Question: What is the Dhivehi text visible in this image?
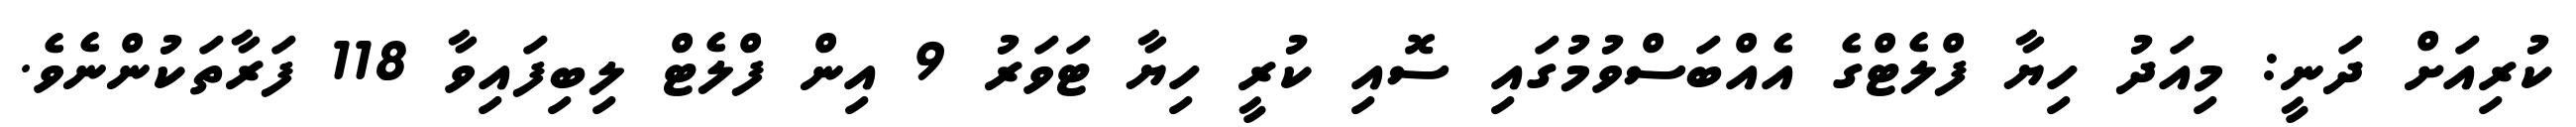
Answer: ކުރިއަށް ދަނީ: މިއަދު ހިޔާ ފްލެޓްގެ އެއްބަސްވުމުގައި ސޮއި ކުރީ ހިޔާ ޓަވަރު 9 އިން ފްލެޓް ލިބިފައިވާ 118 ފަރާތަކުންނެވެ.